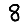
Digit: 8